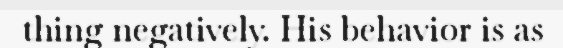
thing negatively. His behavior is as